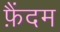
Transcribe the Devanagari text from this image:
फ़ैंदम